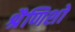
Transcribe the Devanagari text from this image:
श्रैणिशो